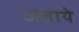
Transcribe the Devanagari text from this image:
जताये